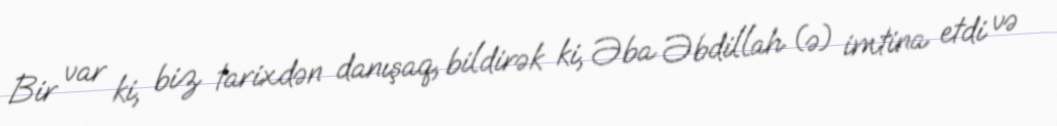
Bir var ki, biz tarixdən danışaq, bildirək ki, Əba Əbdillah (ə) imtina etdi və